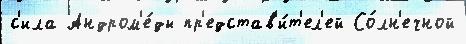
с'ила Андром'е́ды пр'едстав'и́т'ел'ей Со́лн'ечной